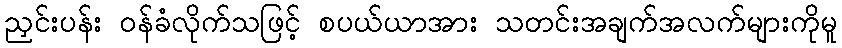
ညှင်းပန်း ဝန်ခံလိုက်သဖြင့် စပယ်ယာအား သတင်းအချက်အလက်များကိုမူ